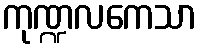
ကုဏ္ဍလကေသာ